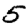
Digit: 5